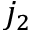
j _ { 2 }